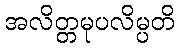
အလိတ္တမုပလိမ္ပတိ